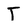
Character: T